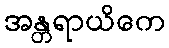
အန္တရာယိကေ